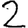
Digit: 2